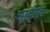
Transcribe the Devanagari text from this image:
आर्द्रएवं